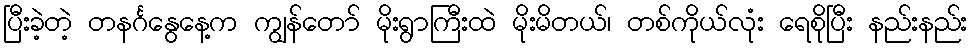
ပြီးခဲ့တဲ့ တနင်္ဂနွေနေ့က ကျွန်တော် မိုးရွာကြီးထဲ မိုးမိတယ်၊ တစ်ကိုယ်လုံး ရေစိုပြီး နည်းနည်း